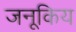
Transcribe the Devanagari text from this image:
जनूकिय